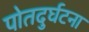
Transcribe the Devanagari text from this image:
पोतदुर्घटना